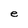
Character: e